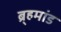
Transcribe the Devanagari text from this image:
ब्र्हमांड